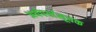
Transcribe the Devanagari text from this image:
अर्थपर्यासूचक